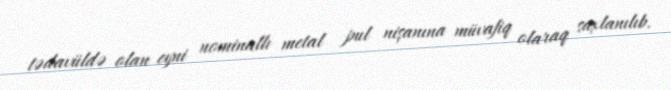
tədavüldə olan eyni nominallı metal pul nişanına müvafiq olaraq saxlanılıb.